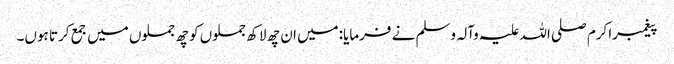
پیغمبراکرم صلی اللہ علیہ وآلہ وسلم نے فرمایا:میں ان چھ لاکھ جملوں کو چھ جملوں میں جمع کرتا ہوں۔